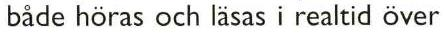
 både höras och läsas i realtid över